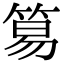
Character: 𥮬